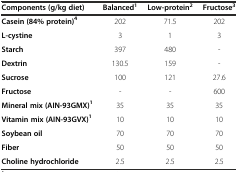
<table><thead><tr><td><b>Components (g/kg diet)</b></td><td><b>Balanced<sup>1</sup></b></td><td><b>Low-protein<sup>2</sup></b></td><td><b>Fructose<sup>3</sup></b></td></tr></thead><tbody><tr><td><b>Casein (84% protein)</b><sup><b>4</b></sup></td><td>202</td><td>71.5</td><td>202</td></tr><tr><td><b>L-cystine</b></td><td>3</td><td>1</td><td>3</td></tr><tr><td><b>Starch</b></td><td>397</td><td>480</td><td>-</td></tr><tr><td><b>Dextrin</b></td><td>130.5</td><td>159</td><td>-</td></tr><tr><td><b>Sucrose</b></td><td>100</td><td>121</td><td>27.6</td></tr><tr><td><b>Fructose</b></td><td>-</td><td>-</td><td>600</td></tr><tr><td><b>Mineral mix (AIN-93GMX)</b><sup><b>1</b></sup></td><td>35</td><td>35</td><td>35</td></tr><tr><td><b>Vitamin mix (AIN-93GVX)</b><sup><b>1</b></sup></td><td>10</td><td>10</td><td>10</td></tr><tr><td><b>Soybean oil</b></td><td>70</td><td>70</td><td>70</td></tr><tr><td><b>Fiber</b></td><td>50</td><td>50</td><td>50</td></tr><tr><td><b>Choline hydrochloride</b></td><td>2.5</td><td>2.5</td><td>2.5</td></tr></tbody></table>